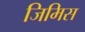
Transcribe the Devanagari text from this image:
जिमिस